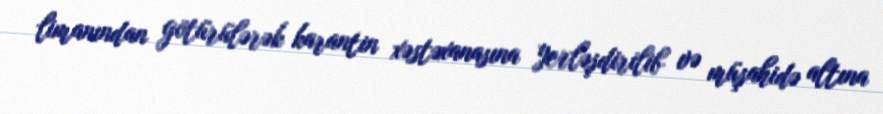
limanından götürülərək karantin xəstəxanasına yerləşdirilib və müşahidə altına